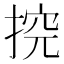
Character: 𱠏